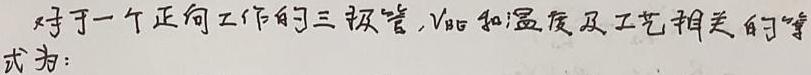
对于一个正向工作的三极管，$V_{BE}$和温度及工艺相关的等式为：